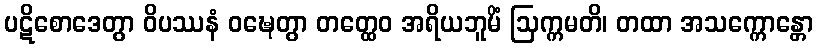
ပဋိစောဒေတွာ ဝိပဿနံ ဝဍ္ဎေတွာ တတ္ထေဝ အရိယဘူမိံ ဩက္ကမတိ၊ တထာ အသက္ကောန္တော